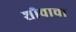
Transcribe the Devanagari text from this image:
शौचाचा